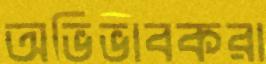
অভিভাবকরা